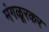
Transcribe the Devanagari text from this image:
मंगळूरकर